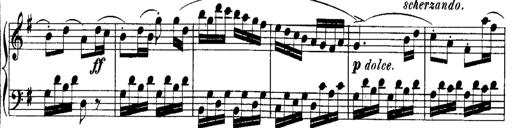
Title: Rondos and Sonatinas for Pianoforte
Composer: Daniel Steibelt